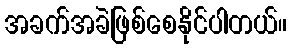
အခက်အခဲဖြစ်စေနိုင်ပါတယ်။